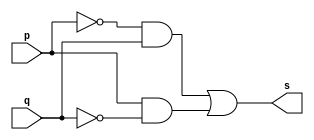
//----
//Exemplo0011 - XOR
//Nome: Thas Pedrosa Gomes
//Matrcula: 451616
//----

//----
//-- xor gate
//----

module xorgate (output s, input p, input q);
assign s = ~p&q | p&~q; //criar vinculo permanente
              //(dependencia)
endmodule // xorgate

//----
//-- test xor gate
//----

module testxorgate;
//---- dados locais
	reg a, b; //definir registrador
	       //(variavel independente)
	wire s; //definir conexao (fio)
	        //(variavel dependente)
			  
//---- instancia
xorgate XOR1 (s, a, b);

//---- preparacao
initial begin: start
  a = 0; b = 0;
  
end

//---- parte principal
initial begin: main
    //execucao unitaria
	$display("Exemplo0011 - Thais Pedrosa Gomes - 451616");
	$display("Test XOR gate.");
	$display("\n(~a&b | a&~b)) = s\n");
	$monitor("%b ^ %b = %b", a, b, s);
#1 a = 0; b = 0;      
#1 a = 0; b = 1;    
#1 a = 1; b = 0;    
#1 a = 1; b = 1;    
    	  	  
end

endmodule //testxnorgate